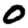
Digit: 0